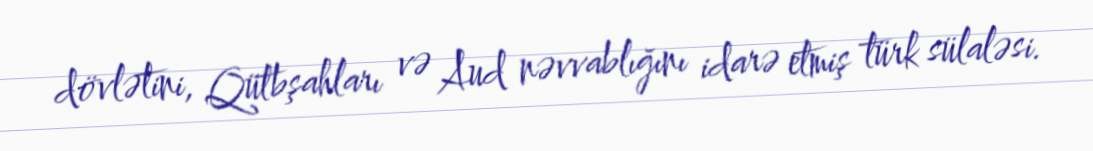
dövlətini, Qütbşahları və Aud nəvvablığını idarə etmiş türk sülaləsi.